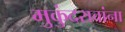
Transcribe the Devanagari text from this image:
मुकुंदरावांना